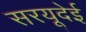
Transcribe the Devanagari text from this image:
सरयूदेई